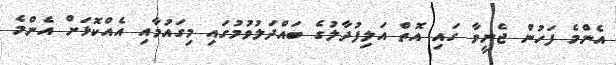
އެންމެ ފަހުން ޖެނީވާ ގައި އޮތް އަލިފުދާލުގެ ބައްދަލުވުމުގައި މިގައުމާއި އެއްކޮޅަށް އެންމެ